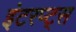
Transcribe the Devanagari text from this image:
इंटरप्ट्स